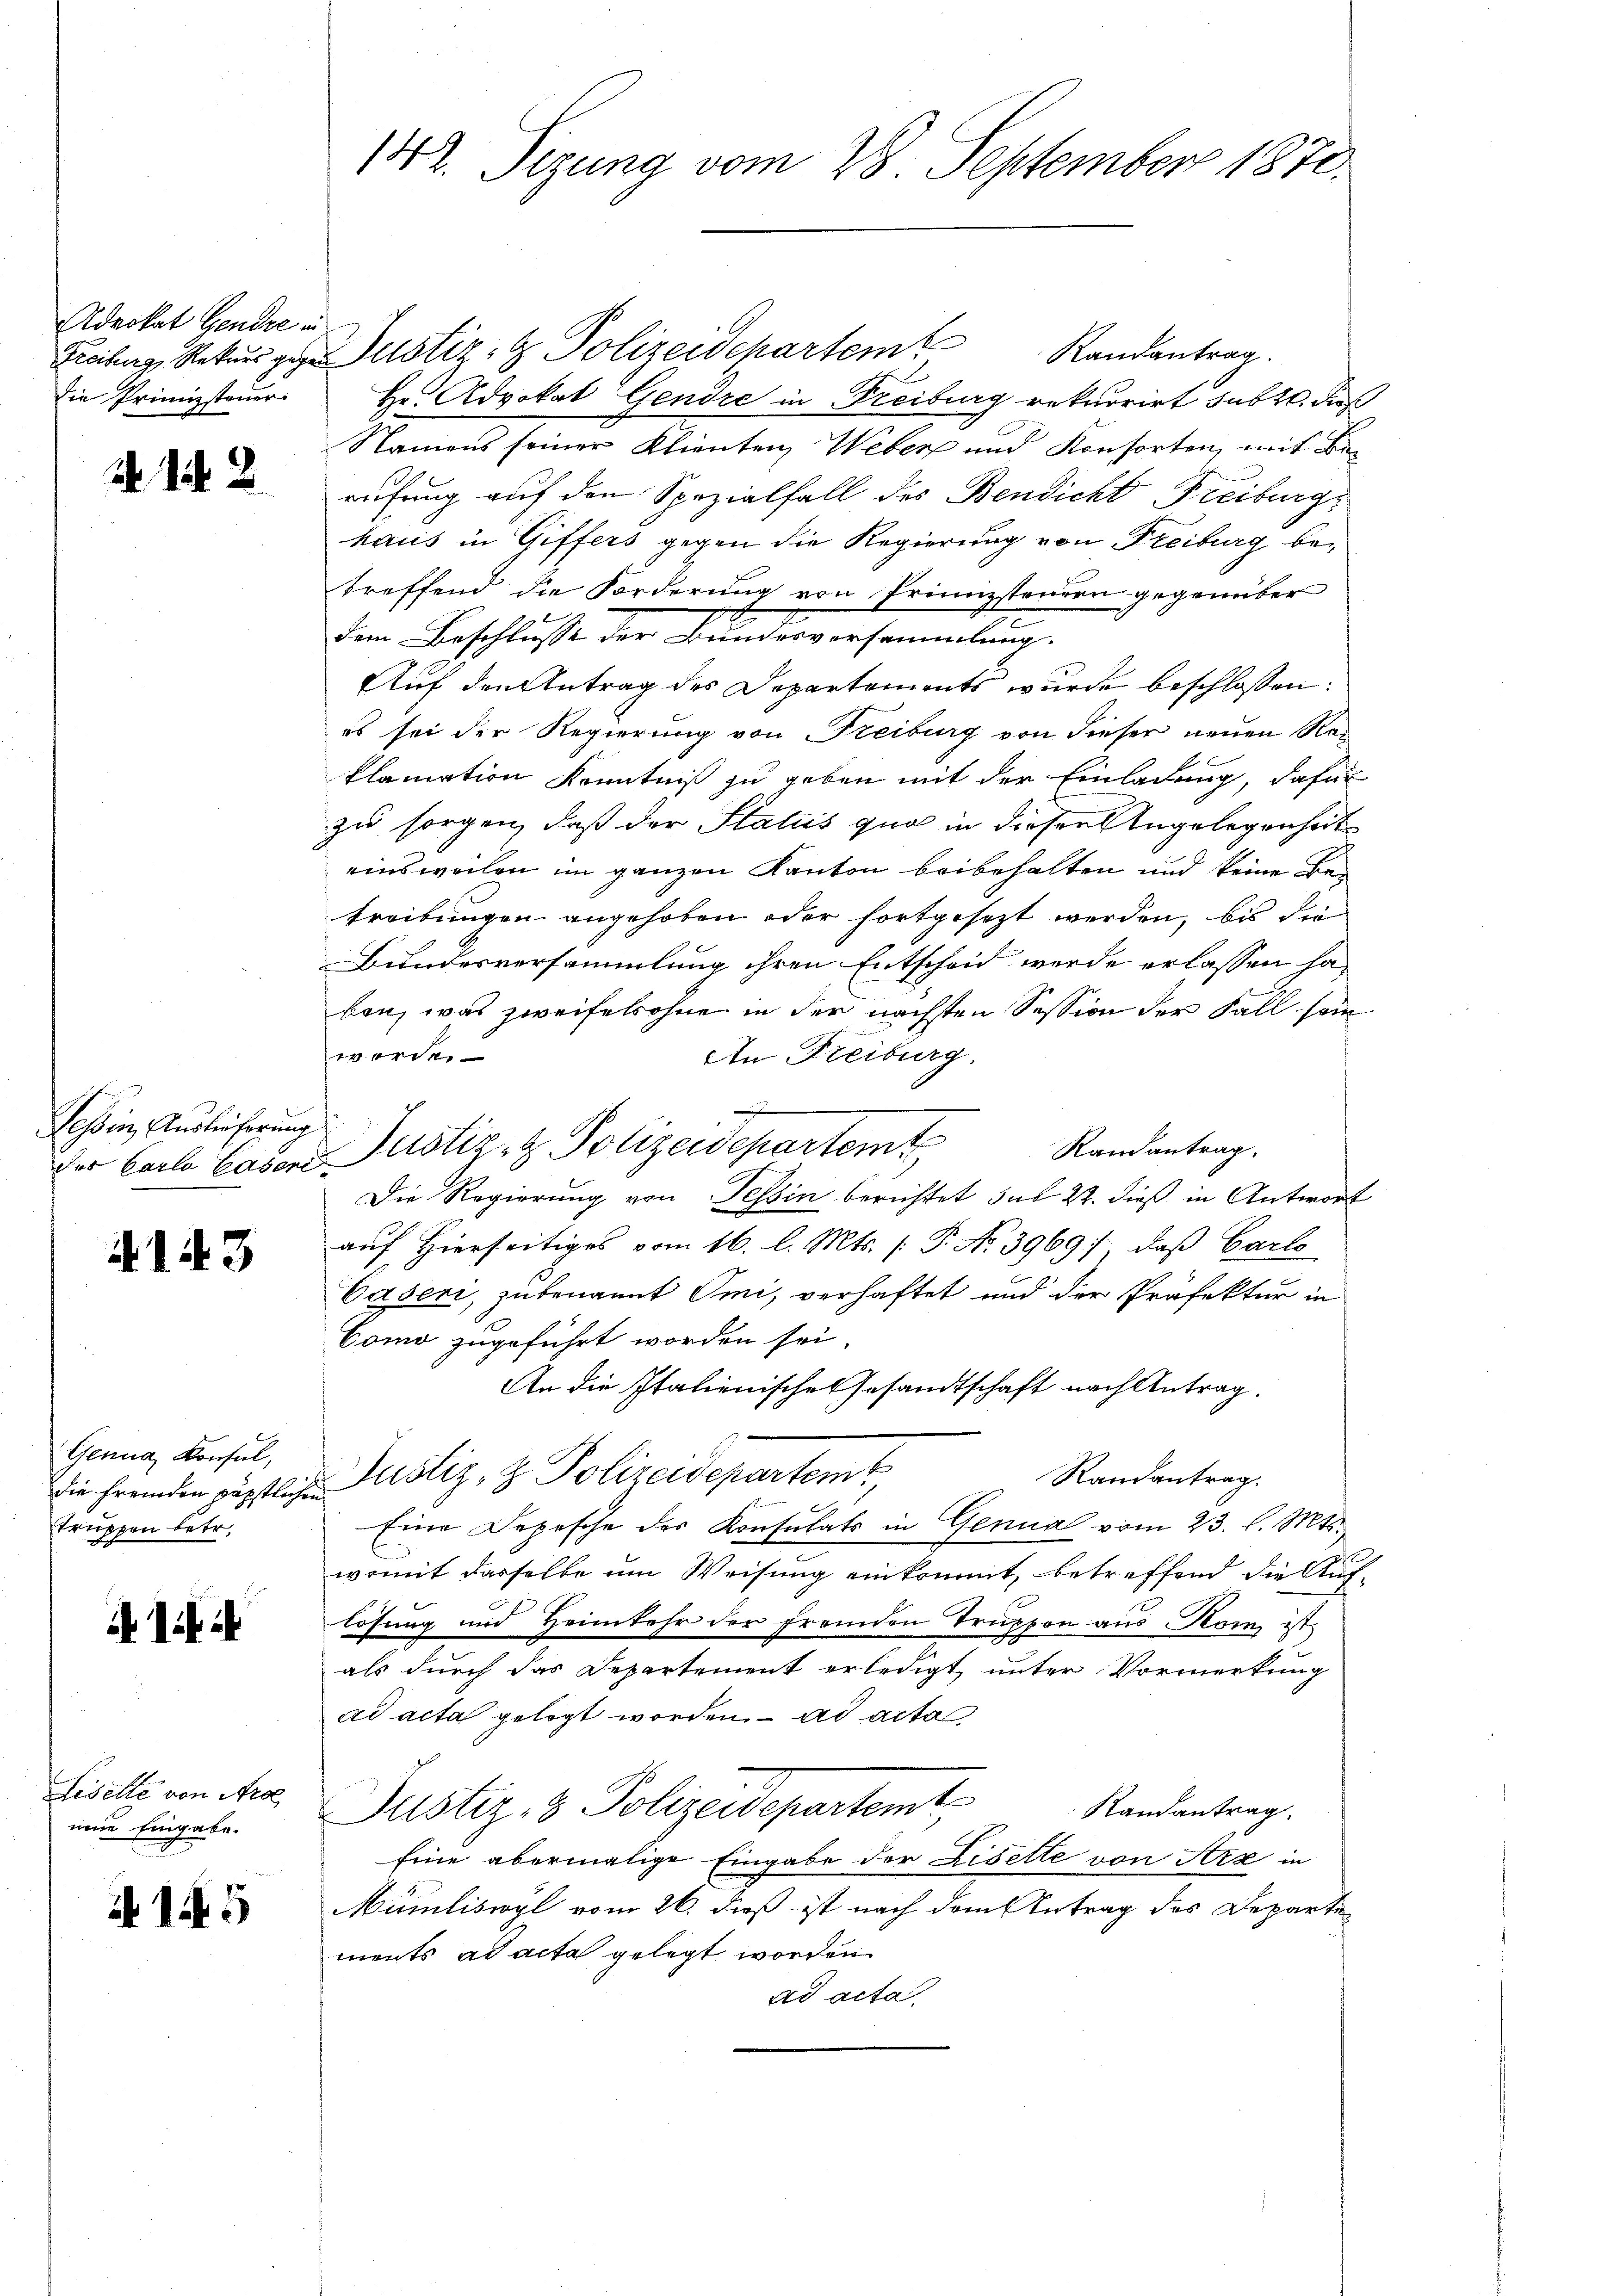
Advokat Gendre in
die Primizsteuer

142

Tessin, Auslieferung

43

Genua, Konsul,
truppen betr.

ilii

Liselle von Arol
neue Eingabe.

145

Freiburg, Rekurs gegen notiz & Polizeidepartem
Randantrag.
Hr. Advokat Gendre in Freiburg rekurrirt subt. Dieß
Namens seiner Klienten, Weber und Konsorten, mit Berufung auf den Spezialfall des Bendicht Freiburg,
haus in Giffers gegen die Regierung von Freiburg betreffend die Forderung von Prinzstanden gegenüber
dem Beschlusse der Bundesversammlung.
Auf den Antrag des Departements wurde beschlossen:
es sei der Regierung von Freiburg von dieser neuen Reklamation Kenntniß zu geben mit der Einladung, dafür
zu sorgen, daß der Status quo in diesen Angelegenheit
einsweilen im ganzen Kanton beibehalten und keine Betreibungen angehoben oder fortgesezt werden, bis die
Bundesversammlung ihren Entscheid werde erlassen haben, was zweifelsohne in der nächsten Session der Fall sein
werde.
An Freiburg.
Die Regierung von Tessin berichtet das 22. dieß in Antwort
auf Hierseitiges vom 16. l. Mts. (T. No 3969) daß Carlo
.
Caseri, zu benannt Omi, verhaftet und der Präfektur in
Como zugeführt worden sei.
An die Italienische Gesandtschaft nach Antrag.
Randantrag.
die fremden räpstliche Justiz- & Polizeidepartemb
Eine Depesche des Konsulats in Genua vom 23. l. Mts.
womit dasselbe um Weisung einkommt, betreffend die Auf-
lösung und Heimkehr der fremden Truppen aus Rom ist
als durch das Departement erledigt unter Vormerkung
ad acta gelegt worden. ad acta
Justiz- & Polizeidepartemt
Randantrag
Eine abermalige Eingabe der Disette von Arx in
Mümliswyl vom 26. dieß ist nach dem Antrag des Departe
ments ad acta gelegt worden
ad acta

142. Sizung vom 28. September 1870

Der Carlo Caden Justiz- & Polizeidepartem Randantrag.